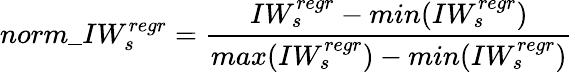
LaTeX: norm\_ IW_{s}^{regr}=\frac{IW_{s}^{regr}-min(IW_{s}^{regr})}{max(IW_{s}^{regr})-min(IW_{s}^{regr})}